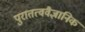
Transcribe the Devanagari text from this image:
पुरातत्ववैज्ञानिक